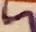
Text: 5